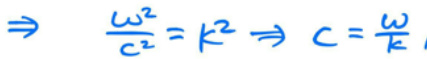
\(\Rightarrow \ \frac{\omega^2}{c^2} = k^2 \Rightarrow c = \frac{\omega}{k}\)